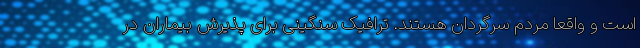
است و واقعا مردم سرگردان هستند. ترافیک سنگینی برای پذیرش بیماران در